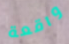
واقعة